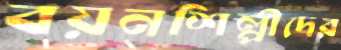
বয়নশিল্পীদের